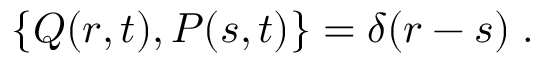
\left\{ Q ( r , t ) , P ( s , t ) \right\} = \delta ( r - s ) \; .